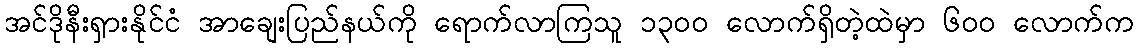
အင်ဒိုနီးရှားနိုင်ငံ အာချေးပြည်နယ်ကို ရောက်လာကြသူ ၁၃ဝဝ လောက်ရှိတဲ့ထဲမှာ ၆ဝဝ လောက်က